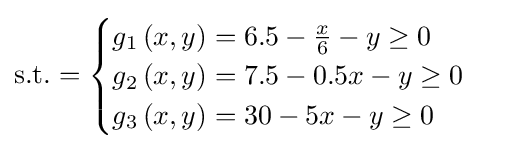
{\text{s.t.}}={\begin{cases}g_{1}\left(x,y\right)=6.5-{\frac {x}{6}}-y\geq 0\\g_{2}\left(x,y\right)=7.5-0.5x-y\geq 0\\g_{3}\left(x,y\right)=30-5x-y\geq 0\\\end{cases}}